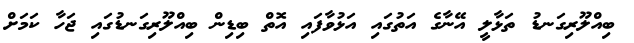
ބިއްލޫރިގަނޑު ތަޅާލީ އޭނާގެ އަތުގައި އަޅުވާފައި އޮތް ބިޑިން ބިއްލޫރިގަނޑުގައި ޖަހާ ކަމަށް